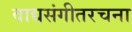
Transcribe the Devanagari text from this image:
वाद्यसंगीतरचना